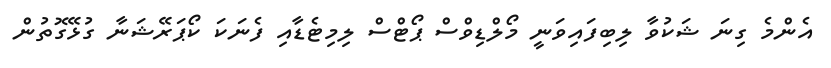
އެންމެ ގިނަ ޝަކުވާ ލިބިފައިވަނީ މޯލްޑިވްސް ޕޯޓްސް ލިމިޓެޑާއި ފެނަކަ ކޯޕަރޭޝަނާ ގުޅޭގޮތުން